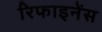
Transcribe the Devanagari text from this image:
रिफाइनेंस